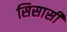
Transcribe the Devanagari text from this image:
सिसासी